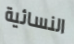
النسائية